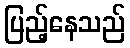
ပြည့်နေသည်